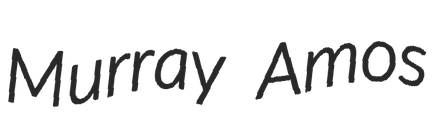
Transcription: Murray Amos